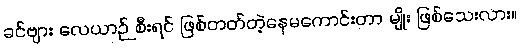
ခင်ဗျား လေယာဉ် စီးရင် ဖြစ်တတ်တဲ့နေမကောင်းတာ မျိုး ဖြစ်သေးလား။